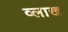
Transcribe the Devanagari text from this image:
व्लाख